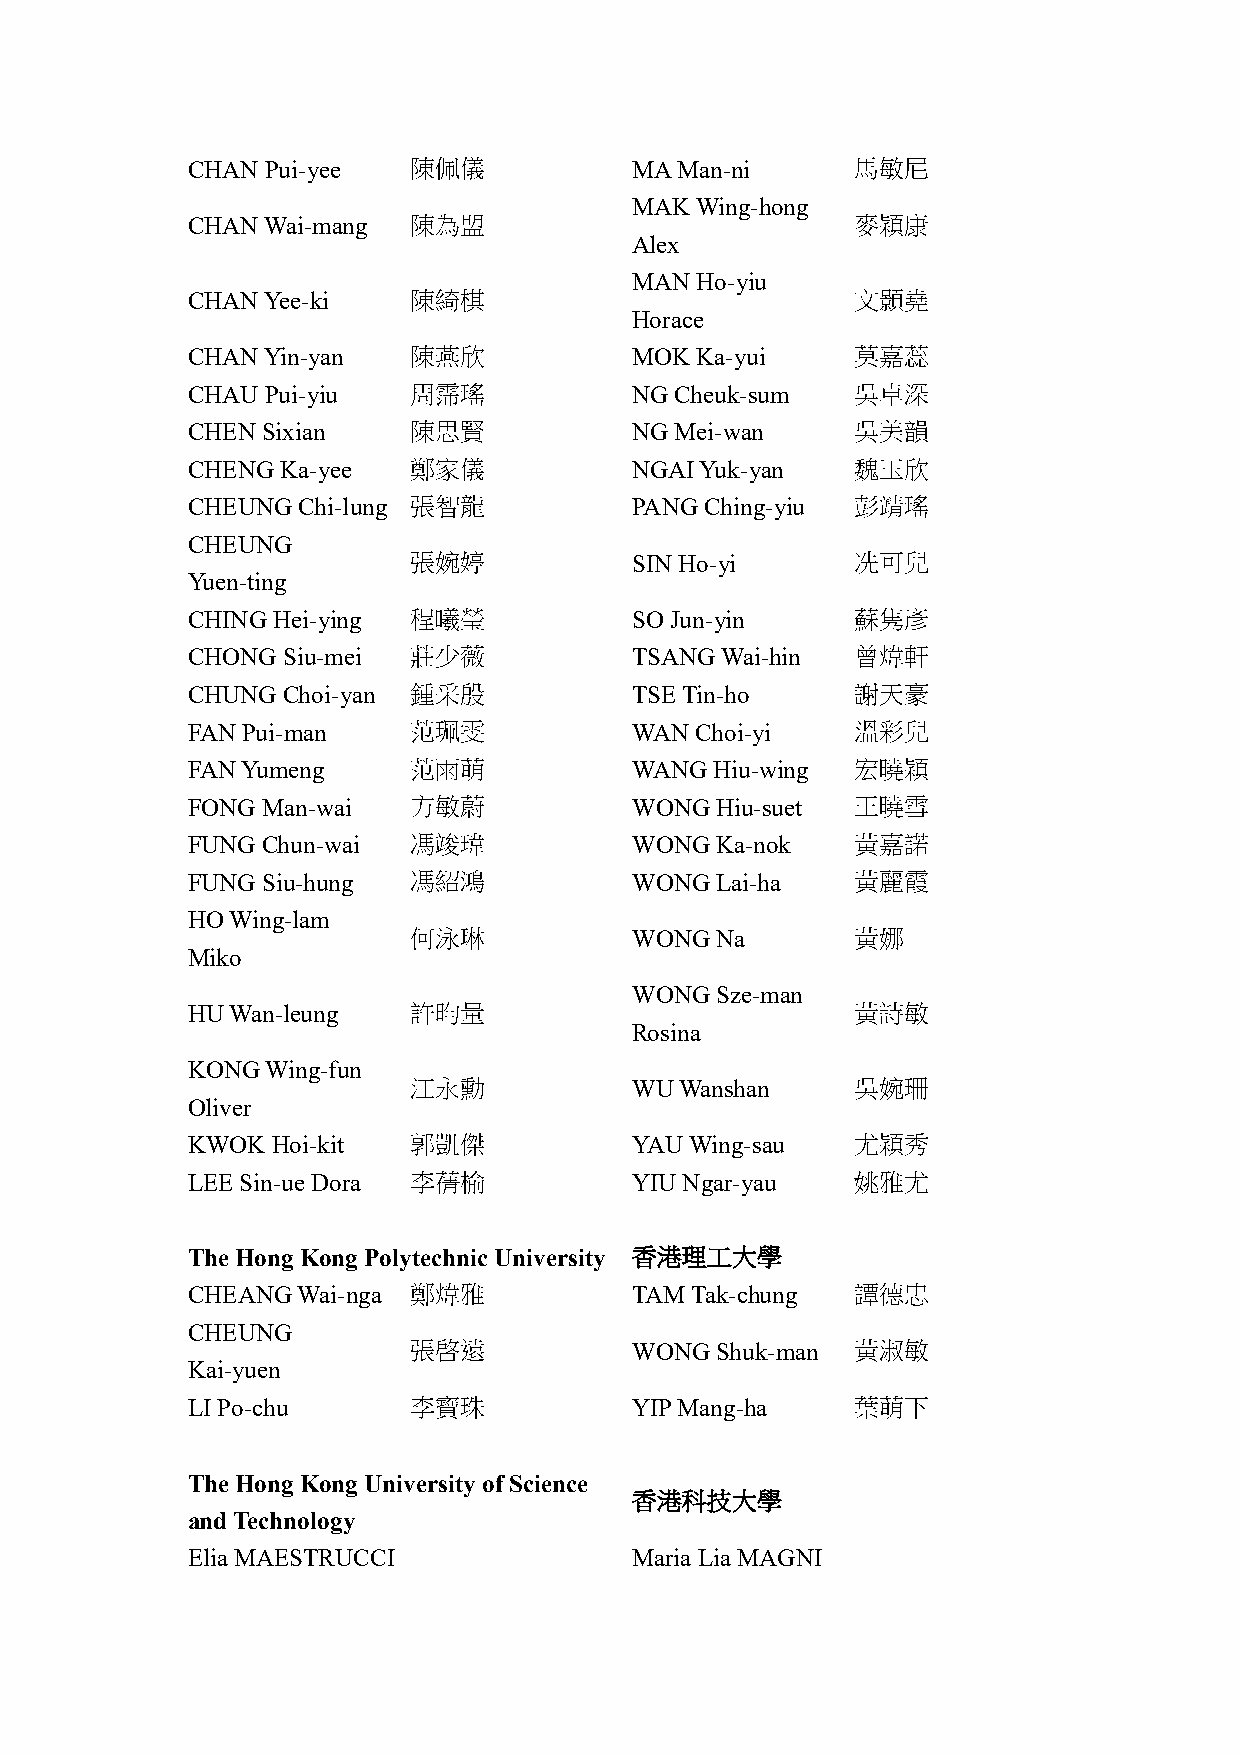
CHAN  Pui-yee  陳佩儀            MA Man-ni      馬敏尼
 MAK Wing-hong
 CHAN Wai-mang  陳為盟                           麥穎康
 Alex
 MAN Ho-yiu
 CHAN Yee-ki    陳綺棋                           文顥堯
 Horace
 CHAN Yin-yan   陳燕欣            MOK Ka-yui     莫嘉蕊
 CHAU  Pui-yiu  周霈瑤            NG Cheuk-sum   吳卓深
 CHEN Sixian    陳思賢            NG Mei-wan     吳美韻
 CHENG  Ka-yee  鄭家儀            NGAI Yuk-yan   魏玉欣
 CHEUNG  Chi-lung 張智龍          PANG Ching-yiu 彭靖瑤
 CHEUNG
 張婉婷            SIN Ho-yi      冼可兒
 Yuen-ting
 CHING Hei-ying 程曦瑩            SO Jun-yin     蘇隽彥
 CHONG  Siu-mei 莊少薇            TSANG Wai-hin  曾煒軒
 CHUNG  Choi-yan 鍾采殷           TSE Tin-ho     謝天豪
 FAN Pui-man    范珮雯            WAN Choi-yi    溫彩兒
 FAN Yumeng     范雨萌            WANG Hiu-wing  宏曉穎
 FONG Man-wai   方敏蔚            WONG Hiu-suet  王曉雪
 FUNG Chun-wai  馮竣瑋            WONG Ka-nok    黃嘉諾
 FUNG Siu-hung  馮紹鴻            WONG Lai-ha    黃麗霞
 HO Wing-lam
 何泳琳            WONG Na        黃娜
 Miko
 WONG Sze-man
 HU Wan-leung   許昀量                           黃詩敏
 Rosina
 KONG  Wing-fun
 江永勳            WU Wanshan     吳婉珊
 Oliver
 KWOK  Hoi-kit  郭凱傑            YAU Wing-sau   尤穎秀
 LEE Sin-ue Dora 李蒨榆           YIU Ngar-yau   姚雅尤
 The Hong Kong Polytechnic University 香港理工大學
 CHEANG  Wai-nga 鄭煒雅           TAM Tak-chung  譚德忠
 CHEUNG
 張啓遠            WONG Shuk-man  黃淑敏
 Kai-yuen
 LI Po-chu      李寶珠            YIP Mang-ha    葉萌下
 The Hong Kong University of Science
 香港科技大學
 and Technology
 Elia MAESTRUCCI               Maria Lia MAGNI